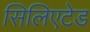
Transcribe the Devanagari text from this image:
सिलिएटेड